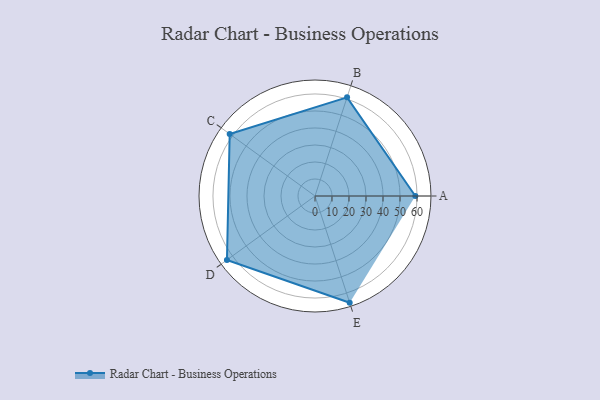
{"axis": {"x": "Skill", "y": "Score"}, "legend": ["Profile"], "data": [{"x": "A", "y": 59.0, "type": "Profile"}, {"x": "B", "y": 61.0, "type": "Profile"}, {"x": "C", "y": 62.0, "type": "Profile"}, {"x": "D", "y": 64.0, "type": "Profile"}, {"x": "E", "y": 66.0, "type": "Profile"}]}